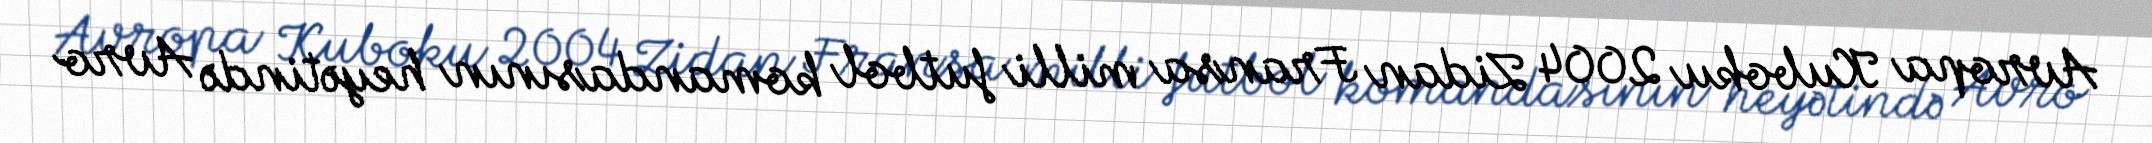
Avropa Kuboku 2004 Zidan Fransa milli futbol komandasının heyətində Avro